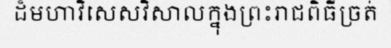
ដ៏មហាវិសេសវិសាលក្នុងព្រះរាជពិធីច្រត់